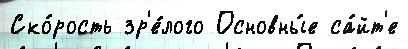
Ско́рость зр'е́лого Основны́е са́йт'е